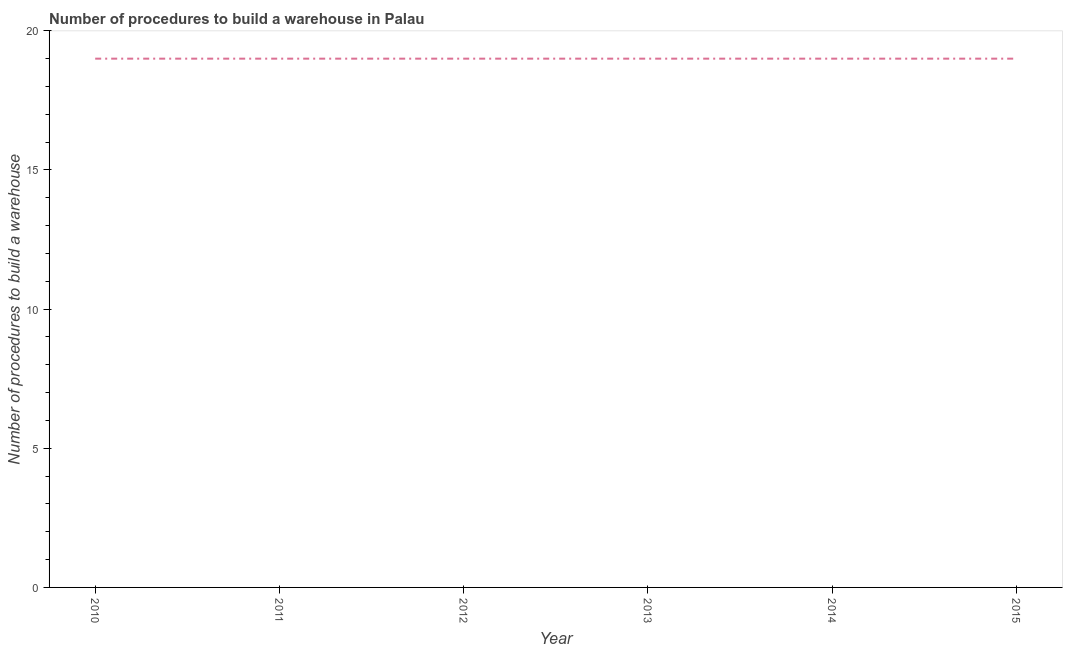
| Year | Build a warehouse |
 | --- | --- |
 | 2010 | 19 |
 | 2011 | 19 |
 | 2012 | 19 |
 | 2013 | 19 |
 | 2014 | 19 |
 | 2015 | 19 |